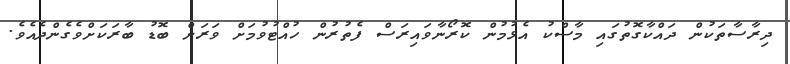
ދިރާސާތަކުން ދައްކާގޮތުގައި މާސްކު އެޅުމުން ކޮރޯނާވައިރަސް ފެތުރުން ހުއްޓުވުމަށް ވަރަށް ބޮޑު ބާރަކަށްވެގެންދެއެވެ.